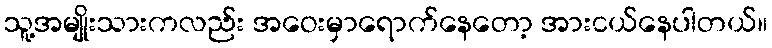
သူ့အမျိုးသားကလည်း အဝေးမှာရောက်နေတော့ အားငယ်နေပါတယ်။